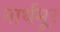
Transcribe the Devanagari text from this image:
नार्थमूर